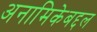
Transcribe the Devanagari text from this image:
अनामिकेबद्दल